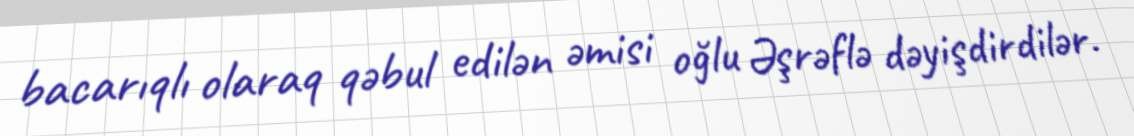
bacarıqlı olaraq qəbul edilən əmisi oğlu Əşrəflə dəyişdirdilər.